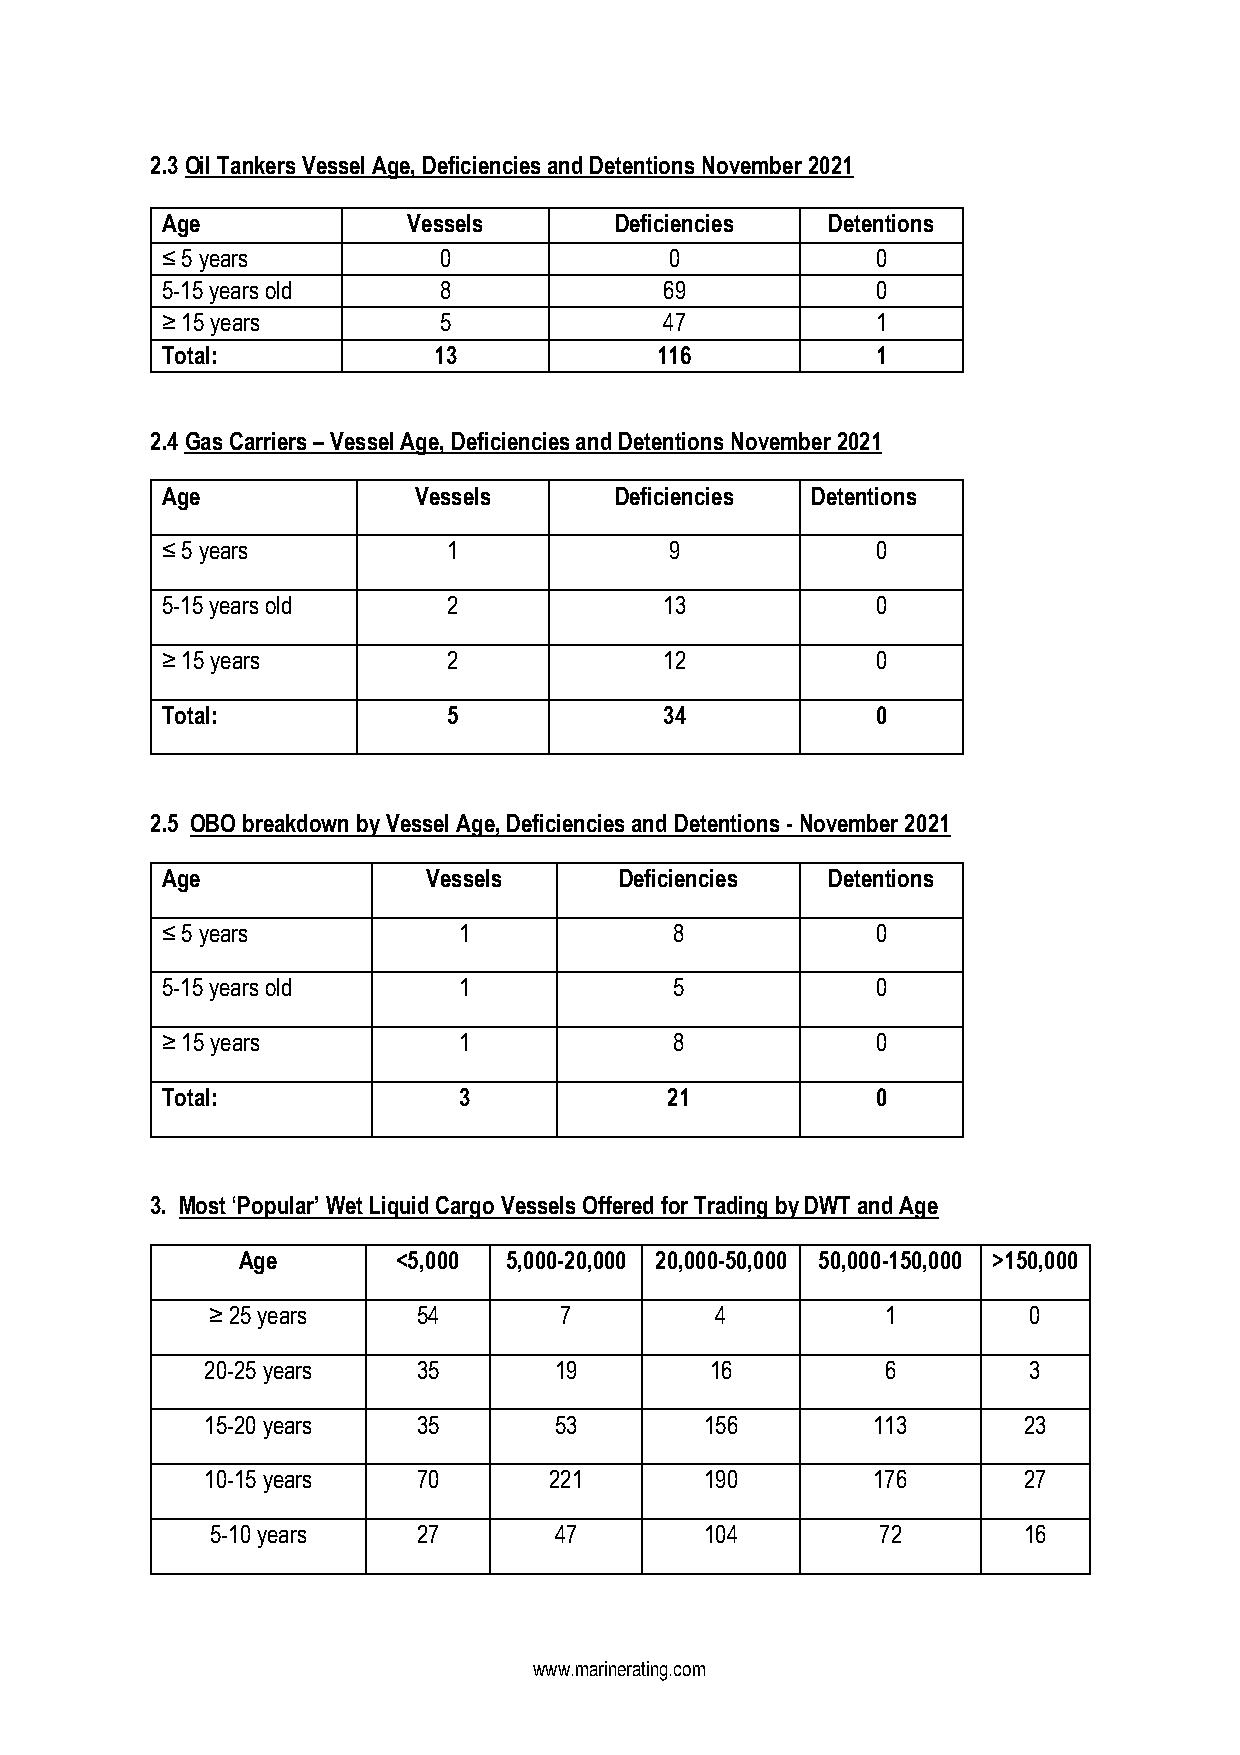
2.3 Oil Tankers Vessel Age, Deficiencies and Detentions November 2021
 Age             Vessels       Deficiencies  Detentions
 ≤ 5 years         0              0             0
 5-15 years old    8              69            0
 ≥ 15 years        5              47            1
 Total:            13             116           1
 2.4 Gas Carriers – Vessel Age, Deficiencies and Detentions November 2021
 Age             Vessels       Deficiencies Detentions
 ≤ 5 years          1             9             0
 5-15 years old     2             13            0
 ≥ 15 years         2             12            0
 Total:             5             34            0
 2.5 OBO breakdown by Vessel Age, Deficiencies and Detentions - November 2021
 Age              Vessels      Deficiencies  Detentions
 ≤ 5 years          1              8            0
 5-15 years old     1              5            0
 ≥ 15 years         1              8            0
 Total:             3             21            0
 3. Most ‘Popular’ Wet Liquid Cargo Vessels Offered for Trading by DWT and Age
 Age       <5,000 5,000-20,000 20,000-50,000 50,000-150,000 >150,000
 ≥ 25 years    54       7         4           1        0
 20-25 years   35       19        16          6        3
 15-20 years   35       53        156        113       23
 10-15 years   70      221        190        176       27
 5-10 years    27       47        104        72        16
 www.marinerating.com